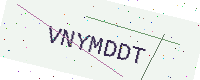
Text: VNYMDDT